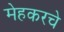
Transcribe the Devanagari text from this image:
मेहकरचे